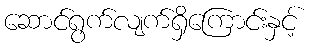
ဆောင်ရွက်လျက်ရှိကြောင်းနှင့်